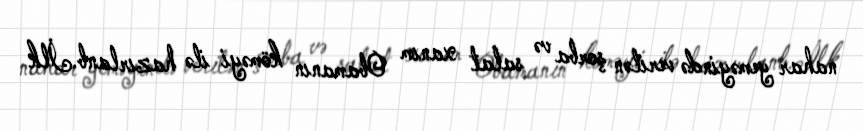
nahar yeməyində verilən şorba və salat xanım Obamanın köməyi ilə hazırlanb.İlk